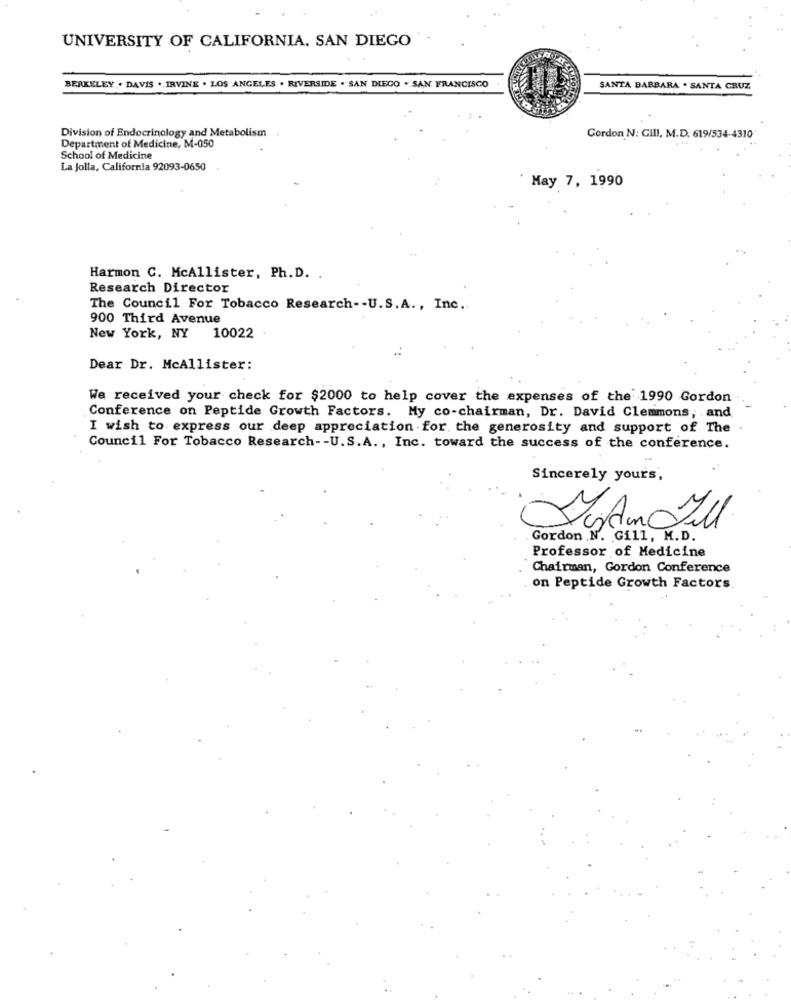
UNIVERSITY OF CALIFORNIA, SAN DIEGO
BERKELEY . DAVIS ., IRVINE . LOS ANGELES . RIVERSIDE . SAN DIEGO . SAN FRANCISCO
SANTA BARBARA . SANTA CRUZ
Division of Endocrinology and Metabolism
Gordon N: GIII, M.D. 619/534-4310'
Department of Medicine, M-050
School of Medicine
La Jolla, California 92093-0650
May 7, 1990
Harmon C. McAllister, Ph. D. .
Research Director
The Council For Tobacco Research -- U.S.A ., Inc.
900 Third Avenue
New York, NY 10022
Dear Dr. McAllister:
We received your check for $2000 to help cover the expenses of the 1990 Gordon
Conference on Peptide Growth Factors. My co-chairman, Dr. David Clemmons, . and
I wish to express our deep appreciation for the generosity and support of The
Council For Tobacco Research -- U.S.A. , Inc. toward the success of the conference.
Sincerely yours,
Gordon N. Gill, M.D.
Professor of Medicine
Chairman, Gordon Conference
on Peptide Growth Factors